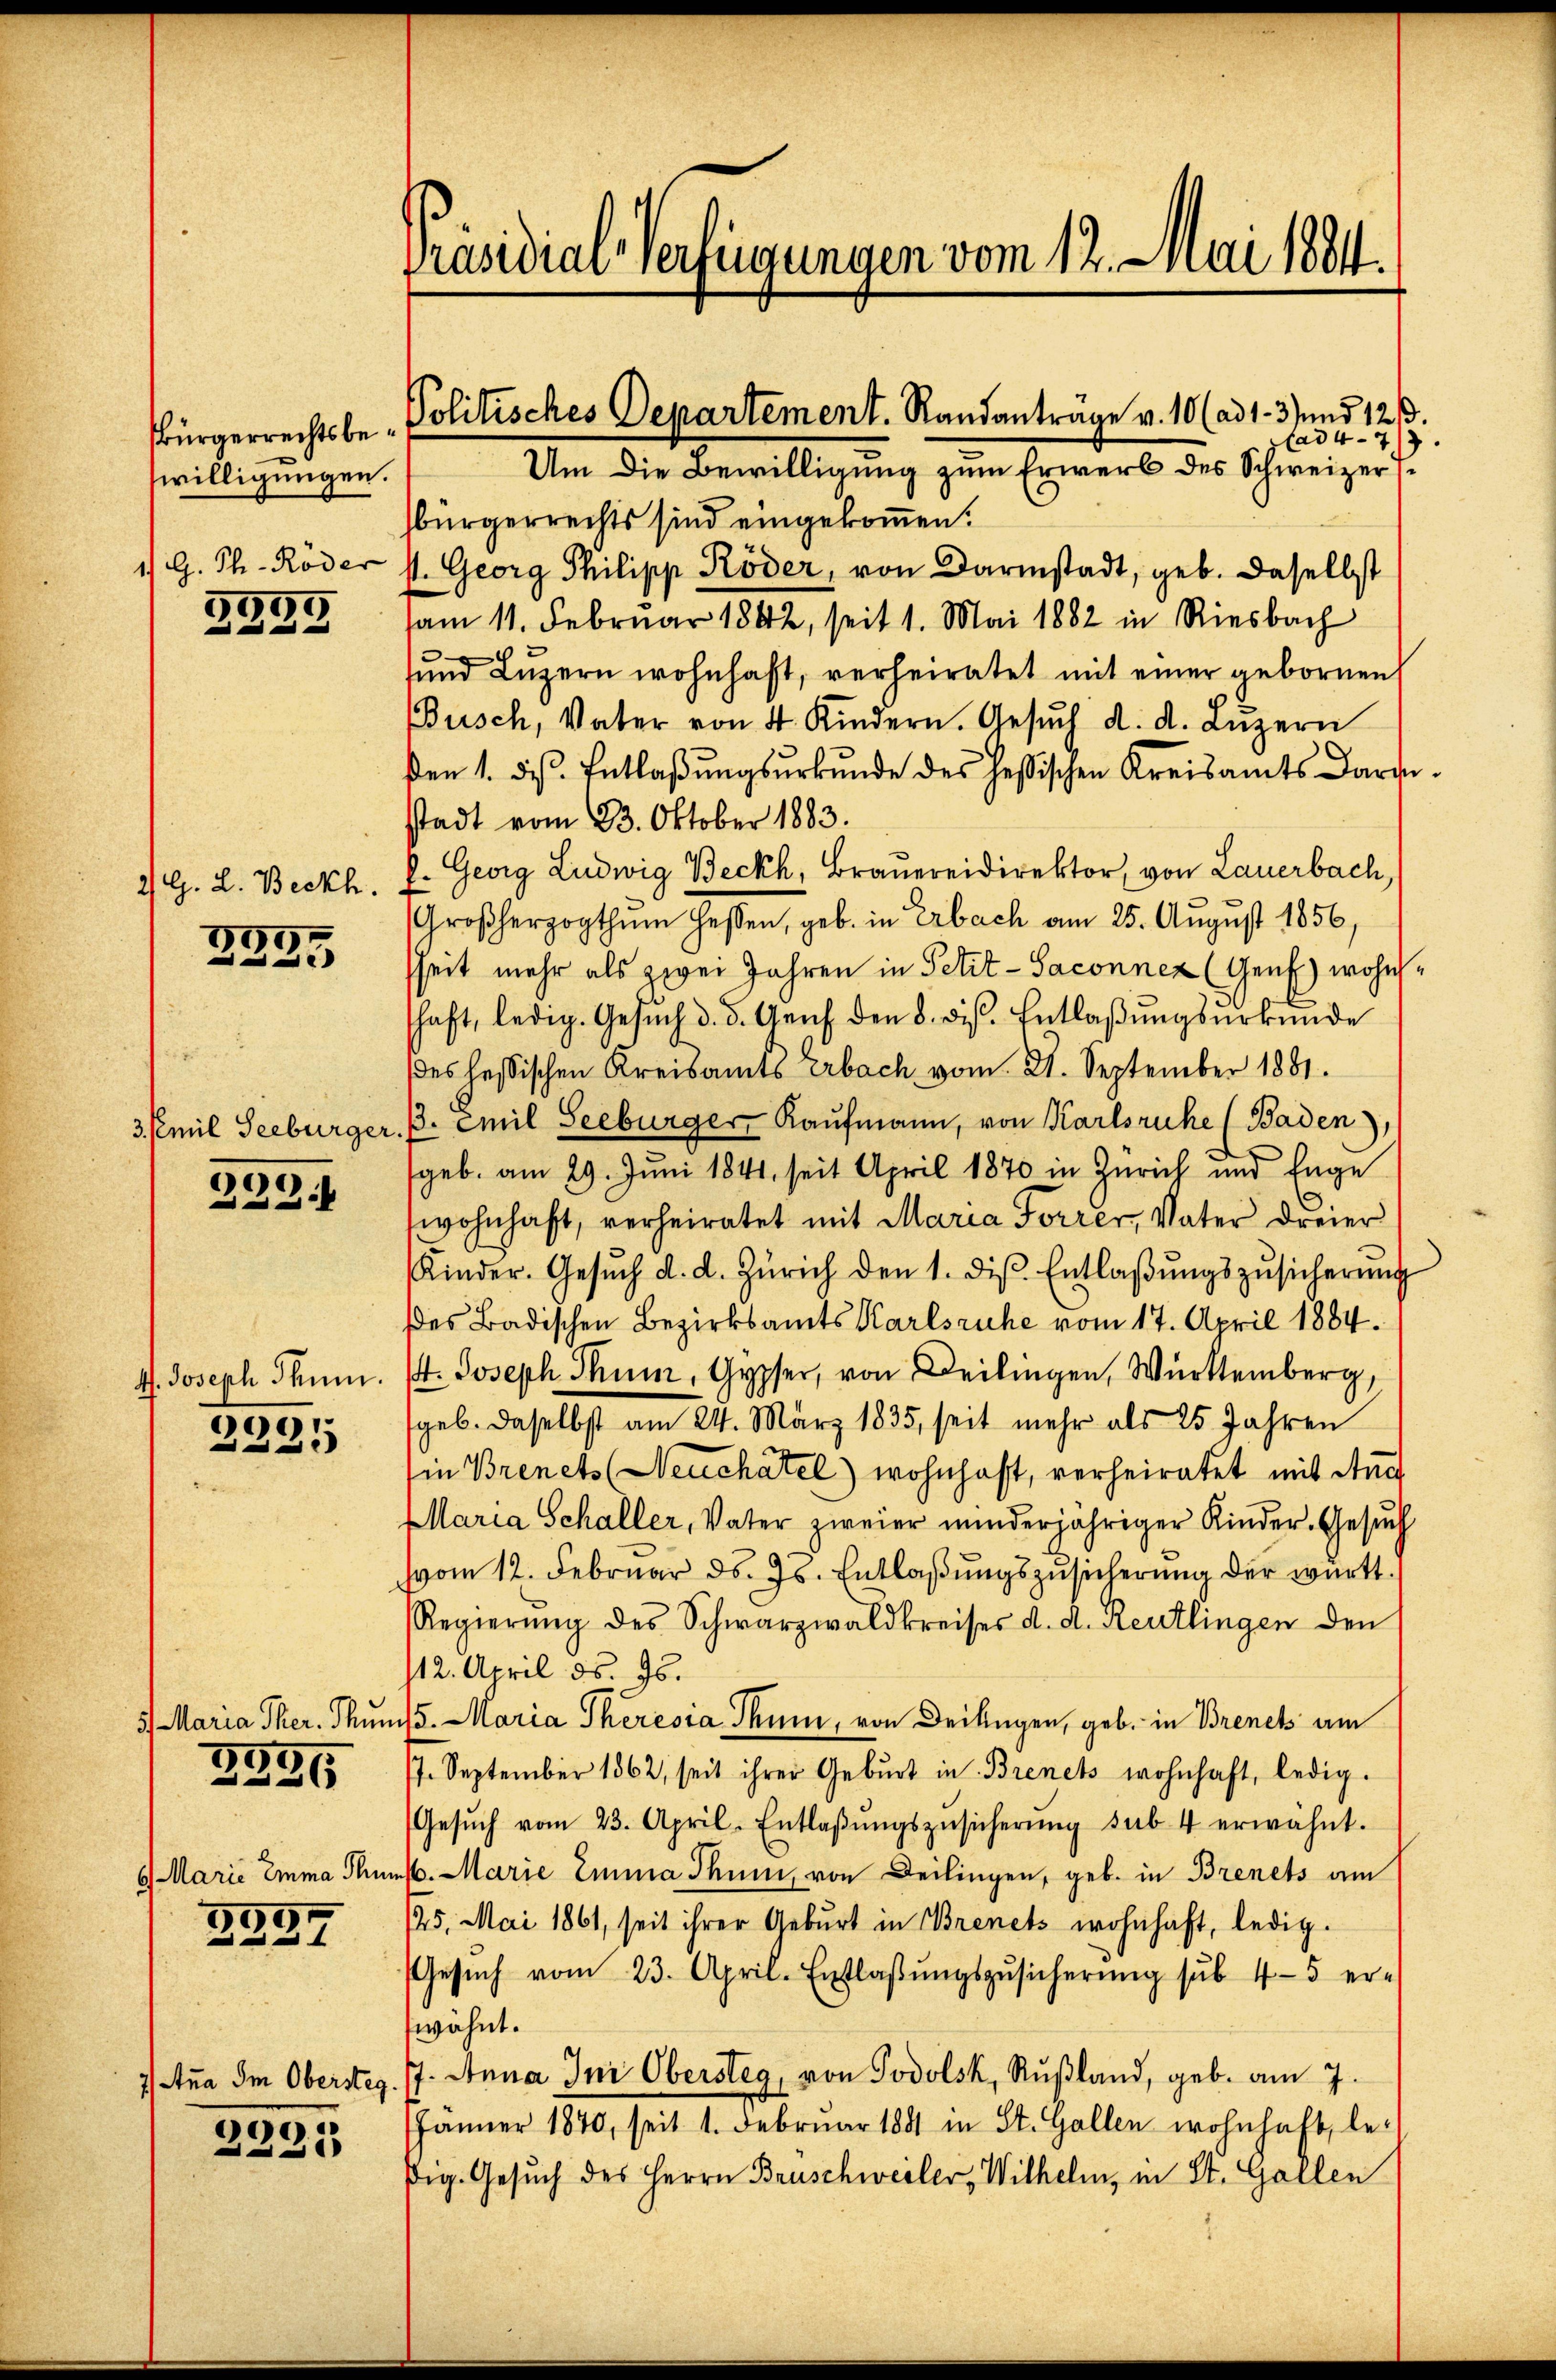
sbürgerrechtsbewilligungen.
1) G. Th. Röder
2299

2) G. L. Beckh.

3333

3. Emil Seebürger

2234

4. Joseph Thun.
9
25

7 Maria Ther. Thun
3336

6) Marie Emma Thu
19

22 x

7 Ana Im Obersteg.

.
223

Präsidial-Verfügungen vom 12. Juni 1804.

Politisches Departement. Randantrage v. 10 (ad 1. 3) und 123.

ad 47
Um die Bewilligung zum Erwerb des Schweizer s
bürgerrechts sind eingekommen.
s. Georg Philipp Röder, von Darmstadt, geb. daselbst
am 11. Februar 1882, seit 1. Mai 1882 in Riesbach
sŭnd Lŭzern wohnhaft, verheiratet mit einer gebornen
Busch, Vater von 4 Kindern. Gesŭch d. d. Lŭzern
den 1. ds. Entlaβŭngsŭrkŭnde des Heßischen Kreisamts Baran
stadt vom 23. Oktober 1883.
l. Georg Ludwig Beckh, Braŭereidirektor, von Lauerbach,
Großherzogthum Heßen, geb. in Erbach am 25. August 1856.
heit mehr als zwei Jahren in Petit-Saconnez (Genf) wohn
haft, ledig. Gesŭch d. d. Genf den 8. ds. Entlaβŭngsŭrkŭnde
es hessischen Kreisamts Erbach vom 21. September 1881.
3. Emil Seeburger, Kaufmann, von Karlsruhe (Baden,
geb. am 29. Juni 1841, seit April 1870 in Zürich und Enge
wohnhaft, verheiratet mit Maria Forrer, Vater dreier
Kinder. Gesŭch d. d. Zürich den 1. ds. Entlaβŭngszŭsicherŭng
des Badischen Bezirksamts Karlsruhe vom 17. April 1884.
t. Joseph Thum, Gypser, von Deilingen, Württemberg,
geb. daselbst am 24. März 1835, seit mehr als 25 Jahren
in Brenets (Neuchatel) wohnhaft, verheiratet mit Auch
Maria Schaller, Vater zweier minderjähriger Kinder-Gesŭch
vom 12. Februar d. Js. Entlaβŭngszŭsicherŭng der württ.
Regierŭng des Schwarzwaldkreises d. d. Reutlingen den
12. April ds. 26.
15. Maria Theresia Thun, von Deilingen, geb. in Brenck am
7. September 1862, seit ihrer Geburt in Brenets wohnhaft, ledig.
Gesŭch vom 23. April-Entlaβŭngszusicherŭng sub. 4 erwähnt.
6. Marie Emma Thun, von Beilingen, geb. in Brenets am
/25. Mai 1861, seit ihrer Geburt in Brenets wohnhaft, ledig.
Gesŭch vom 23. April-Entlaβŭngszŭsicherŭng sub 4-5 er-
wähnt.
J. Anna Inr Obersteg, von Jodolsk, Rußland, geb. am 7.
Jänner 1870, seit 1. Februar 1881 in St. Gallen wohnhaft, leßig. Gesuch des Herrn Brüschweiler, Wilhelm, in St. Gallen